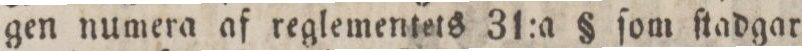
gen numera af reglementets 31:a § ſom ſtadgar